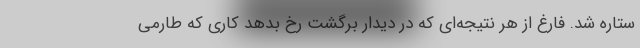
ستاره شد. فارغ از هر نتیجه‌ای که در دیدار برگشت رخ بدهد کاری که طارمی